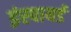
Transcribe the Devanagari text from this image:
इंस्पायर्ड